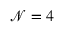
\mathcal { N } = 4